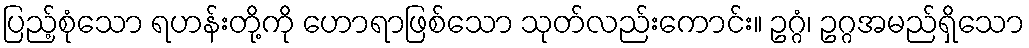
ပြည့်စုံသော ရဟန်းတို့ကို ဟောရာဖြစ်သော သုတ်လည်းကောင်း။ ဥဂ္ဂံ၊ ဥဂ္ဂအမည်ရှိသော